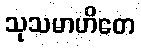
သုသမာဟိတေ